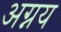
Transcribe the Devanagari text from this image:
अग्नय